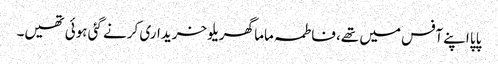
پاپا اپنے آفس میں تھے، فاطمہ ماما گھریلو خریداری کرنے گئی ہوئی تھیں۔